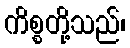
ကိစ္စတို့သည်၊